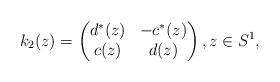
LaTeX: \begin{gather*}k_2(z)=\left(\begin{matrix} d^{*}(z)&-c^{*}(z)\\c(z)&d(z)\end{matrix} \right),z\in S^1,\end{gather*}